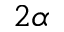
2 \alpha